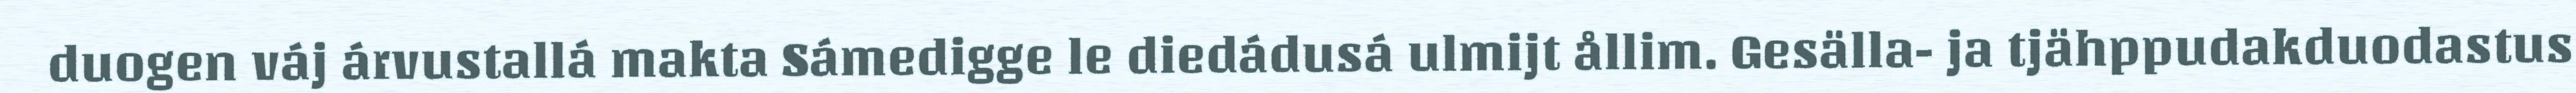
duogen váj árvustallá makta Sámedigge le diedádusá ulmijt ållim. Gesälla- ja tjähppudakduodastus